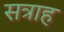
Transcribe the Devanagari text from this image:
सत्राह